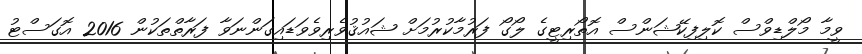
ވީމާ މޯލްޑިވްސް ކޮލިފިކޭޝަންސް އޮތޯރިޓީގެ ލޯގޯ ފަރުމާކުރުމަށް ޝައުޤުވެރިވެވަޑައިގަންނަވާ ފަރާތްތަކުން 2016 އޮގަސްޓު